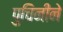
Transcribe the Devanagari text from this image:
पुचिनीने